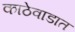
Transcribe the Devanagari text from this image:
काठेवाडात